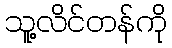
သူ့လိင်တန်ကို